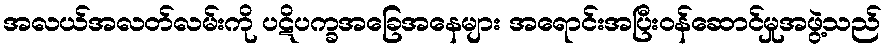
အလယ်အလတ်လမ်းကို ပဋိပက္ခအခြေအနေများ အရောင်းအပြီးဝန်ဆောင်မှုအဖွဲ့သည်